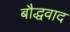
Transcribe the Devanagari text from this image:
बौद्धवाद